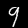
Label: 9